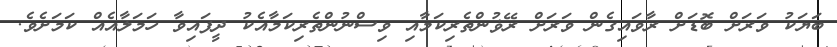
ބަޔަކު ވަރަށް ބޮޑަށް ރާވައިގެން ވަރަށް ރޭޥުންތެރިކަމާއި ވިސްނުންތެރިކަމާއެކު ދީފައިވާ ހަމަލާއެއް ކަމަށެވެ.